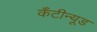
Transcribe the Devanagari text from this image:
कँटीन्यूड